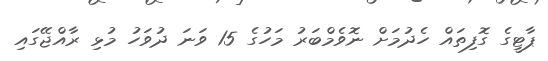
ޕާޓީގެ ގޮފިތައް ހެދުމަށް ނޮވެމްބަރު މަހުގެ 15 ވަނަ ދުވަހު މުޅި ރާއްޖޭގައި